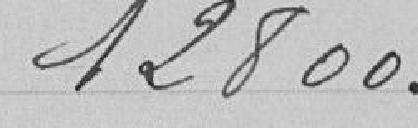
12800